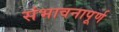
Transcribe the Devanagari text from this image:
संभावनापूर्ण